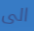
الى